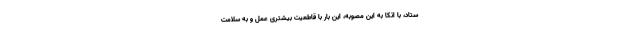
ستاد، با اتکا به این مصوبه، این بار با قاطعیت بیشتری عمل و به سلامت